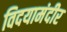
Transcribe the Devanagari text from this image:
विदयामंदीर